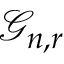
{ \mathcal { G } } _ { n , r }